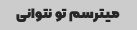
میترسم تو نتوانی